Vital statistics of India. Vol. V, Reports of 1876 on armies & jails and on epidemic cholera
Year: 1876
Disease focus: Cholera
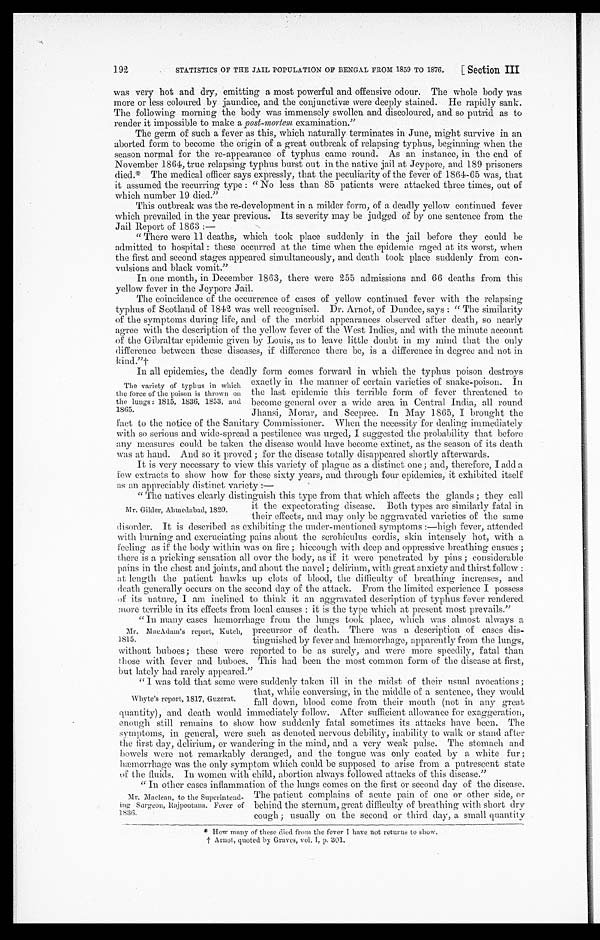
STATISTICS OF THE JAIL POPULATION OF BENGAL FROM 1859 TO 1876.
[Section III
192
was very hot and dry, emitting a most powerful and offensive odour. The whole body was
more or less coloured by jaundice, and the conjunctivæ were deeply stained. He rapidly sank.
The following morning the body was immensely swollen and discoloured, and so putrid as to
render it impossible to make a post-mortem examination."
The germ of such a fever as this, which naturally terminates in June, might survive in an
aborted form to become the origin of a great outbreak of relapsing typhus, beginning when the
season normal for the re-appearance of typhus came round. As an instance, in the end of
November 1864, true relapsing typhus burst out in the native jail at Jeypore, and 189 prisoners
died.* The medical officer says expressly, that the peculiarity of the fever of 1864-65 was, that
it assumed the recurring type: "No less than 85 patients were attacked three times, out of
which number 19 died."
This outbreak was the re-development in a milder form, of a deadly yellow continued fever
which prevailed in the year previous. Its severity may be judged of by one sentence from the
Jail Report of 1863:
—
"There were 11 deaths, which took place suddenly in the jail before they could be
admitted to hospital: these occurred at the time when the epidemic raged at its worst, when
the first and second stages appeared simultaneously, and death took place suddenly from con--
vulsions and black vomit."
In one month, in December 1863, there were 255 admissions and 66 deaths from this
yellow fever in the Jeypore Jail.
The coincidence of the occurrence of cases of yellow continued fever with the relapsing
typhus of Scotland of 1842 was well recognised. Dr. Arnot, of Dundee, says: "The similarity
of the symptoms during life, and of the morbid appearances observed after death, so nearly
agree with the description of the yellow fever of the West Indies, and with the minute account
of the Gibraltar epidemic given by Louis, as to leave little doubt in my mind that the only
difference between these diseases, if difference there be, is a difference in degree and not in kind."†
In all epidemics, the deadly form comes forward in which the typhus poison destroys
exactly in the manner of certain varieties of snake-poison. In
the last epidemic this terrible form of fever threatened to
become general over a wide area in Central India, all round
Jhansi, Morar, and Seepree. In May 1865, I brought the
fact to the notice of the Sanitary Commissioner. When the necessity for dealing immediately
with so serious and wide-spread a pestilence was urged, I suggested the probability that before
any measures could be taken the disease would have become extinct, as the season of its death
was at hand. And so it proved; for the disease totally disappeared shortly afterwards.
It is very necessary to view this variety of plague as a distinct one; and, therefore, I add a
few extracts to show how for these sixty years, and through four epidemics, it exhibited itself
a s a n a p p r e c i a b l y d i s t i n c t v a r i e t y : —
" The natives clearly distinguish this type from that which affects the glands; they call
it the expectorating disease. Both types are similarly fatal in
their effects, and may only be aggravated varieties of the same
disorder. It is described as exhibiting the under-mentioned symptoms:—high fever, attended
with burning and excruciating pains about the scrobiculus cordis, skin intensely hot, with a
feeling as if the body within was on fire; hiccough with deep and oppressive breathing ensues;
there is a pricking sensation all over the body, as if it were penetrated by pins; considerable
pains in the chest and joints, and about the navel; with great anxiety and thirst follow:
at length the patient hawks up clots of blood, the difficulty of breathing increases, and
death generally occurs on the second day of the attack. From the limited experience I possess
of its nature, I am inclined to think it an aggravated description of typhus fever rendered
more terrible in its effects from local causes: it is the type which at present most prevails."
"In many cases hæmorrhage from the lungs took place, which was almost always a
precursor of death. There was a description of cases dis
-tinguished by fever and hæmorrhage, apparently from the lungs,
without buboes; these were reported to be as surely, and were more speedily, fatal than
those with fever and buboes. This had been the most common form of the disease at first,
but lately had rarely appeared."
" I was told that some were suddenly taken ill in the midst of their usual avocations;
that, while conversing, in the middle of a sentence, they would
fall down, blood come from their mouth (not in any great
quantity), and death would immediately follow. After sufficient allowance for exaggeration,
enough still remains to show how suddenly fatal sometimes its attacks have been. The
symptoms, in general, were such as denoted nervous debility, inability to walk or stand after
the first day, delirium, or wandering in the mind, and a very weak pulse. The stomach and
bowels were not remarkably deranged, and the tongue was only coated by a white fur;
hæmorrhage was the only symptom which could be supposed to arise from a putrescent state
of the fluids. In women with child, abortion always followed attacks of this disease."
"In other cases inflammation of the lungs comes on the first or second day of the disease.
The patient complains of acute pain of one or other side, or
behind the sternum, great difficulty of breathing with short dry
cough; usually on the second or third day, a small quantity
* H o w m a n y o f t h e s e d i e d f r o m t h e f e v e r I h a v e n o t r e t u r n s t o s h o w .
† Arnot , quot ed by Graves, vol . I, p. 301.
The variety of typhus in which
the force of the poison is thrown on
the lungs: 1815, 1836, 1853, and
1865.
Mr. Gilder, Ahmedabad, 1820.
Mr. MacAdam's report, Kutch,
1815.
Whyte's report, 1817, Guzerat.
Mr. Maclean, to the Superintend
-ing Surgeon, Rajpootana. Fever of 1836.